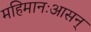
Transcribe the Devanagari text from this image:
महिमानःआसन्